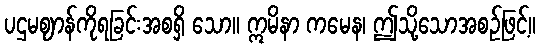
ပဌမဈာန်ကိုရခြင်းအစရှိ သော။ ဣမိနာ ကမေန၊ ဤသို့သောအစဉ်ဖြင့်။